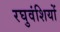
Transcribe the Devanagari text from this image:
रघुवंशियों